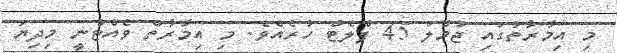
މި އިމާރާތުގައި ޖުމްލަ 45 ފްލެޓް ހުރެއެވެ. މި އިމާރާތް ވެއްޓުނީ މިދިޔަ